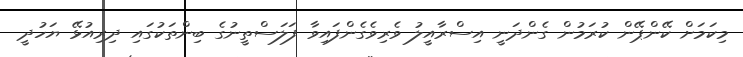
މިކަމަށް ކޭންޕޭން ކުރަމުން ގެންދަނީ އިސްރާއީލު ވެރިވެގެންފައިވާ ފަލަސްތީނުގެ ބިންތަކުގައި ދިރިއުޅޭ ޔަހުދީ